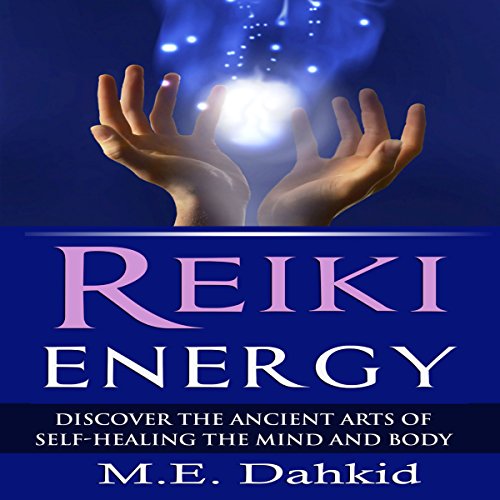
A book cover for Reiki Energy: Discover the Ancient Arts of Self-Healing the Mind and Body; M.E. Dahkid; Religion & Spirituality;